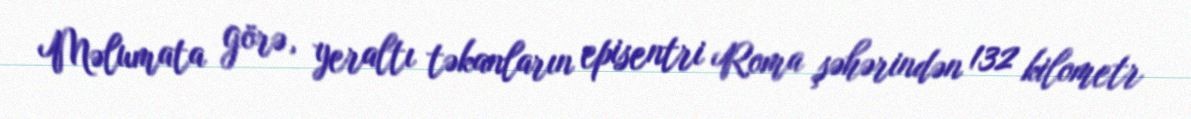
Məlumata görə, yeraltı təkanların episentri Roma şəhərindən 132 kilometr